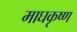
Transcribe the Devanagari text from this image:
माघकृष्ण